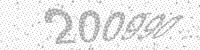
Solution: 200990